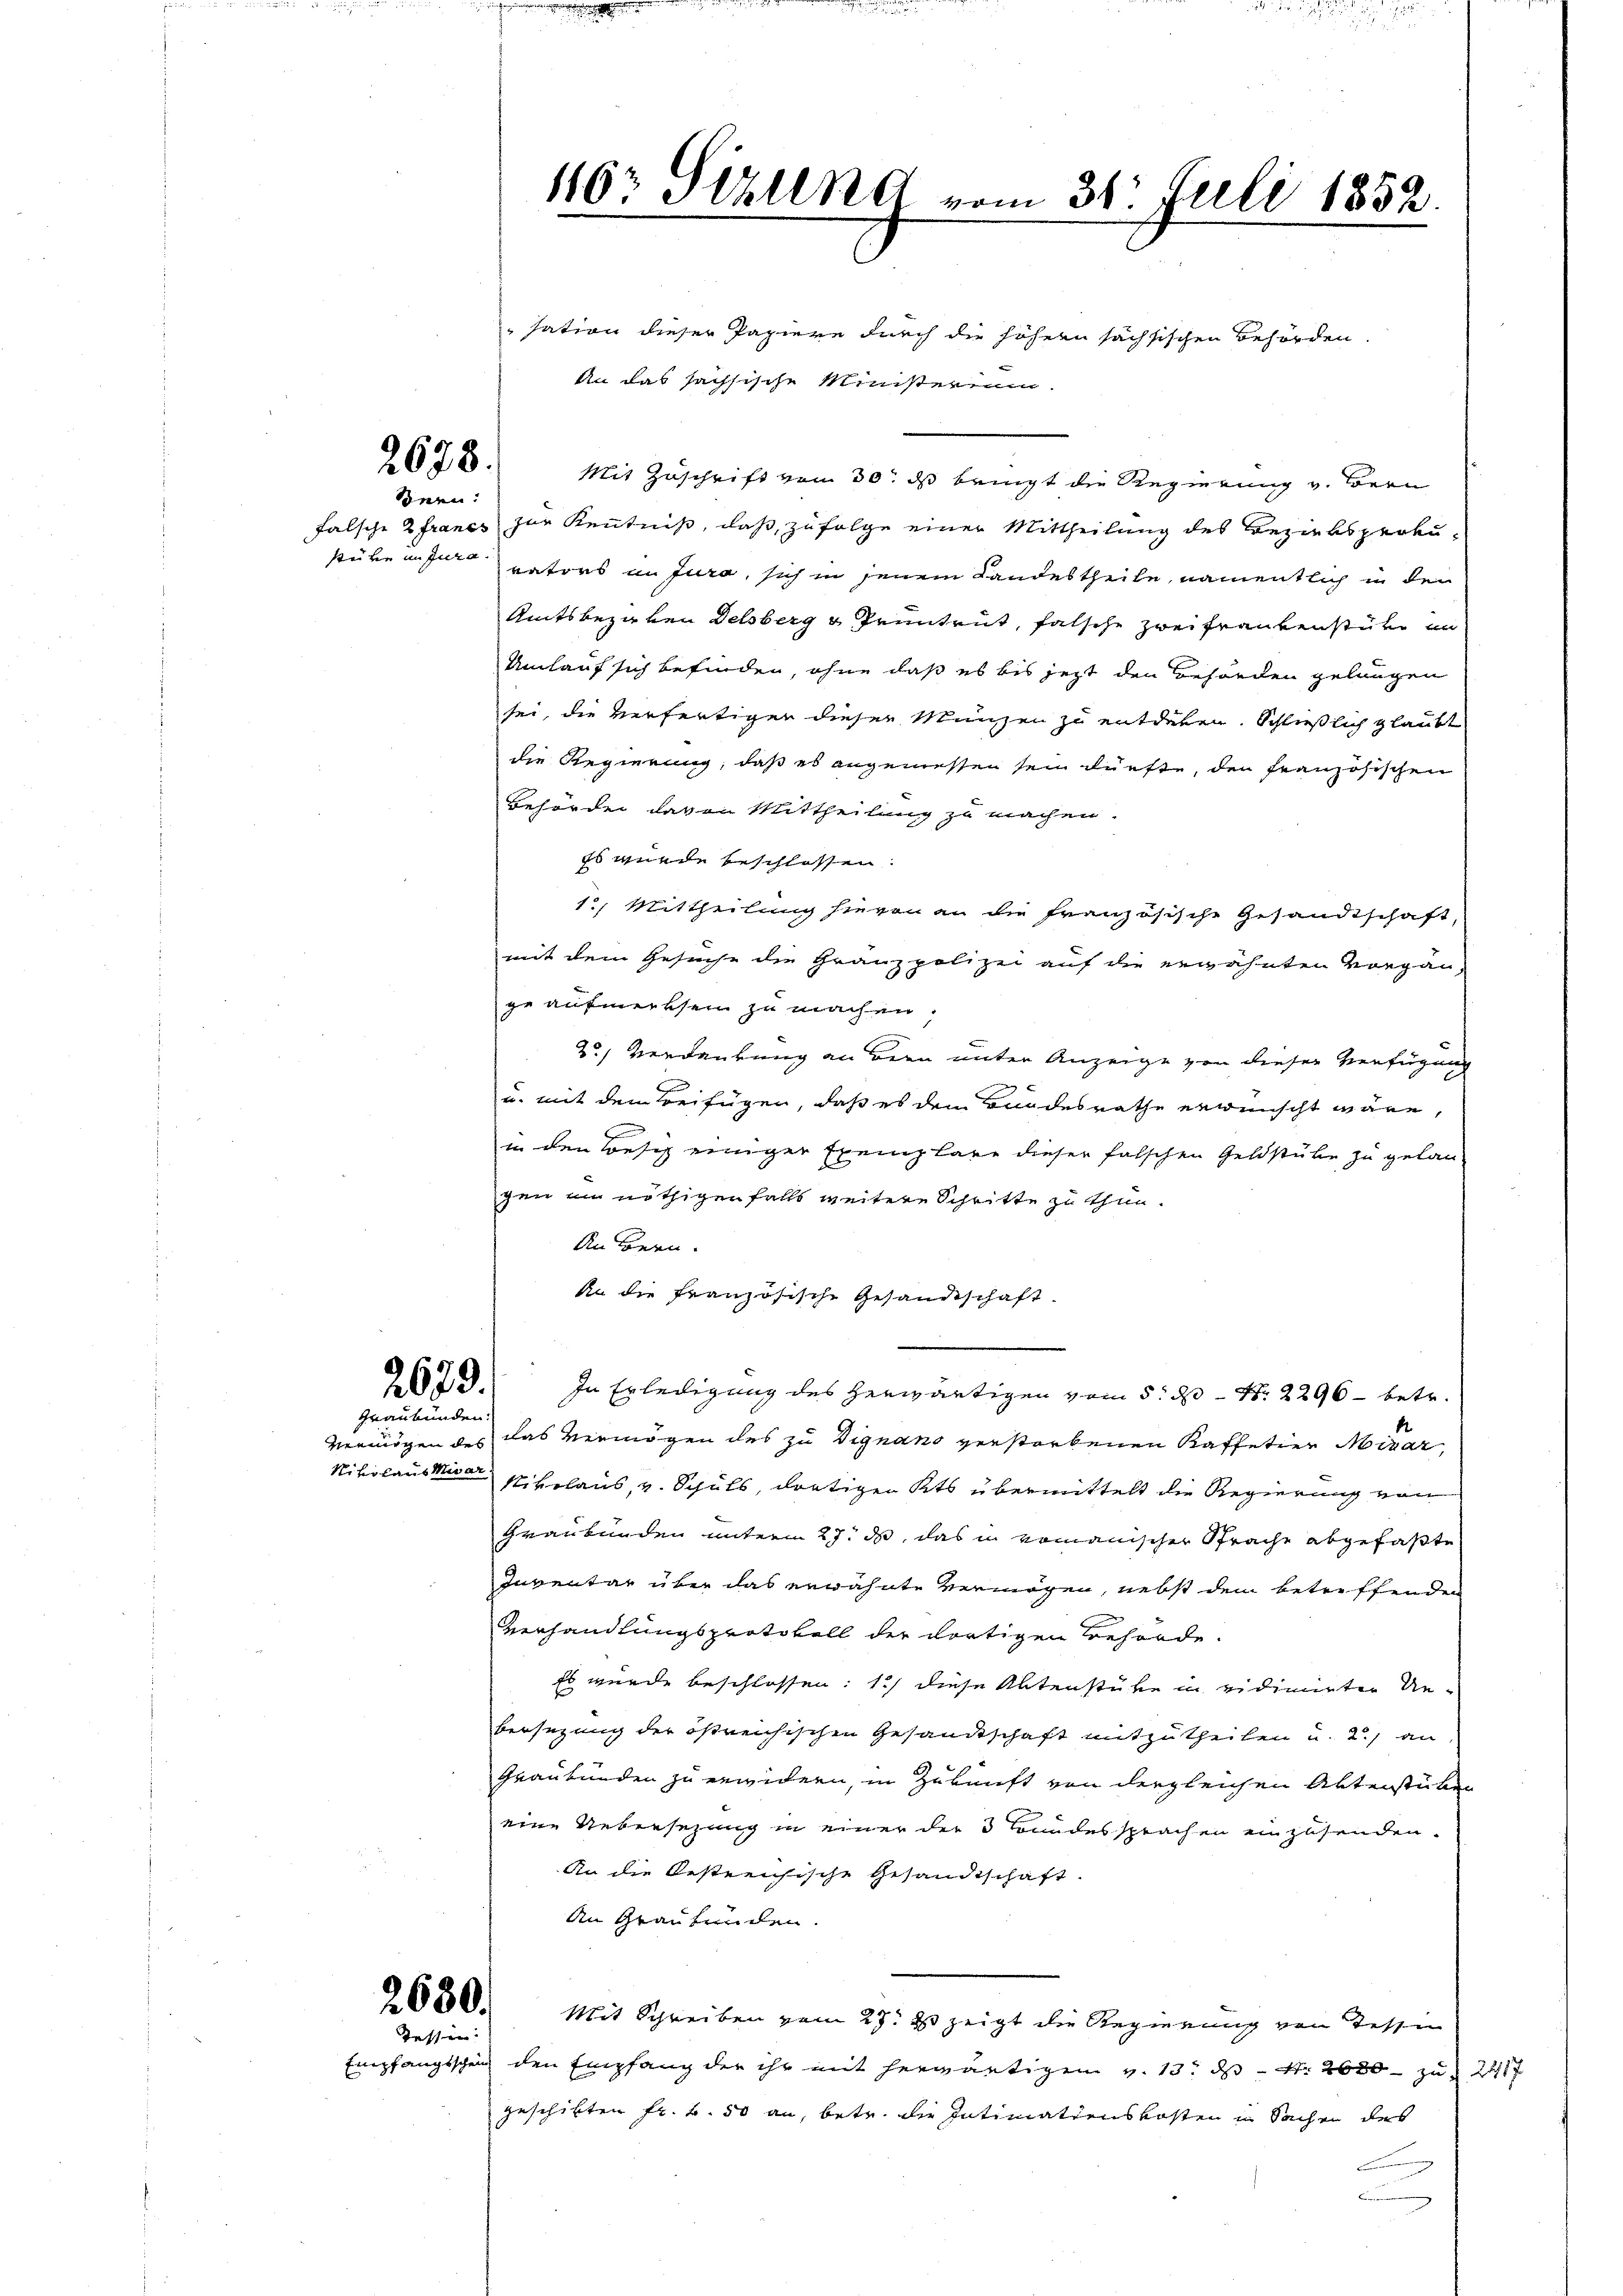
snen:

2679.

Graubünden.

Tessen:

116: Sizlend vom 31. Juli 1852.

sation dieser Papiere durch die höhern sächsischen Behörden.
An das sachsische Ministerium.
2678. Mit Zuschrift vom 30. ds bringt die Regierung v. Bern
falsche Zfrancs zur Kenntniß, daß, zufolge einer Mittheilung des Bezirksprokustüre unservators im Jura, sich in jenem Landestheile, namentlich in den
Amtsbezalen Delsberg & Pruntrut, falsche Zweifrankenstüke in
Umlauf sich befinden, ohne daß es bis jetzt den Behörden gelangen
sei, die verfertiger dieser Münzen zu entdeben. Schließlich glaubt
die Regierung, daß es angemessen sein dürfte, der französischen
Behörder davon Mittheilung zu machen.
Es wurde beschlossen.
12. Mittheilung hievon an die französische Gesandtschaft,
mit dem Gesuche die Grauzpolizei auf die erwähnten Vorgän-
ge aufmerksein zu machen,
2) Verdankung an Bern unter Anzeige von dieser Verfügung
u. mit dem Beifügen, daß es dem Bundesrathe erwünscht wäre,
in den Besch einiger Exemplare dieser falschen Geldstube zu gelan
gen ein nöthigen falls weitere Schritte zu thun.
An Bern.
An die französische Gesandtschaft.
In Erledigung des herwärtigen vom 5. d. 2296 – betr.
Vermögen des das Vermögen des zu Dignano verstorbenen Kaffetier Mitar
Nikolaus Mann Nikolaus, v. Schuls, dortigen Kts übermittelt die Regierung von
Graubünden unterm 27. d. das in romanischer Sprache abgefaßte
Inventar über das erwähnte Vermögen, nebst dem betreffenden
Verhandlungsprotokoll der dortigen Behörde.
Es wurde beschlossen: 1) diese Altenstüke in vidimirter Un-
bersezung der östrechischen Gesandtschaft mitzutheilen u. 2.) an
Graubünden zu erwidern, in Zukunft von dergleichen Alterstüken
eine Uebersetzung in einer der 3 Bundes sprachen einzusenden.
An die bestreichische Gesandtschaft.
An Graubünden.
2660. Mit Schreiben vom 27. ds. zeigt die Regierung von Tessin
Empfangsschein den Empfang der ihr mit herwärtigen v. 13. ds N. 2600 zu 24
geschikten Fr. 2. 50 an, betr. die Intimationskosten in Sachen des
B
.

54 die St.

2